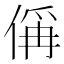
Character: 偁